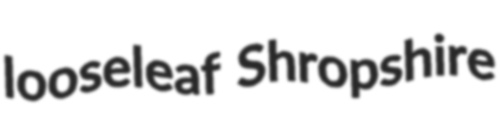
looseleaf Shropshire